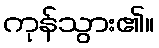
ကုန်သွား၏။